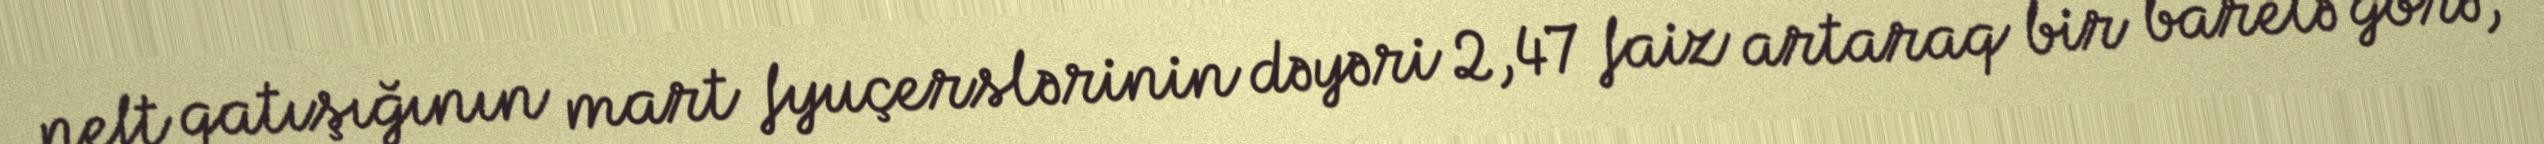
neft qatışığının mart fyuçerslərinin dəyəri 2,47 faiz artaraq bir barelə görə,